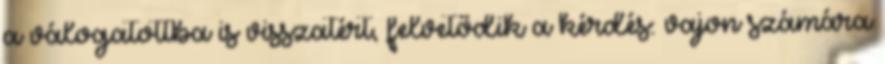
a válogatottba is visszatért, felvetődik a kérdés: vajon számára